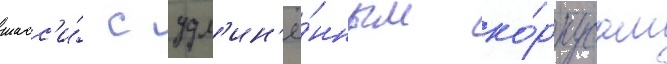
шасс'и́ с удл'ин'ё́нным ко́рпусом